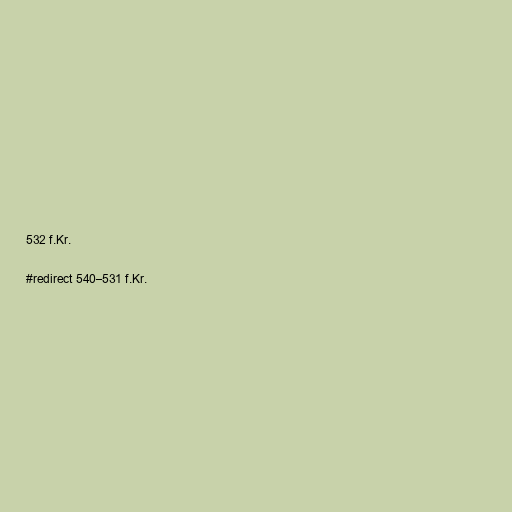
532 f.Kr.

#redirect 540–531 f.Kr.